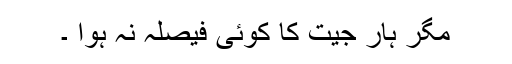
مگر ہار جیت کا کوئی فیصلہ نہ ہوا ۔